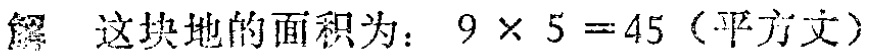
解 这块地的面积为：$9\times 5 = 45$（平方丈）